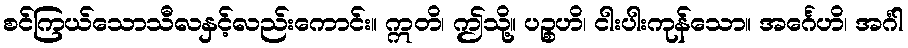
စင်ကြယ်သောသီလနှင့်လည်းကောင်း။ ဣတိ၊ ဤသို့။ ပဉ္စဟိ၊ ငါးပါးကုန်သော။ အင်္ဂေဟိ၊ အင်္ဂါ